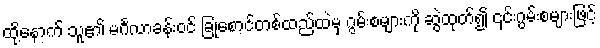
ထို့နောက် သူ၏ မင်္ဂလာခန်းဝင် ခြုံစောင်တစ်ထည်ထဲမှ ဂွမ်းစများကို ဆွဲထုတ်၍ ၎င်းဂွမ်းစများဖြင့်